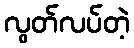
လွတ်လပ်တဲ့